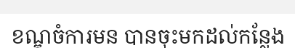
ខណ្ឌចំការមន បានចុះមកដល់កន្លែង